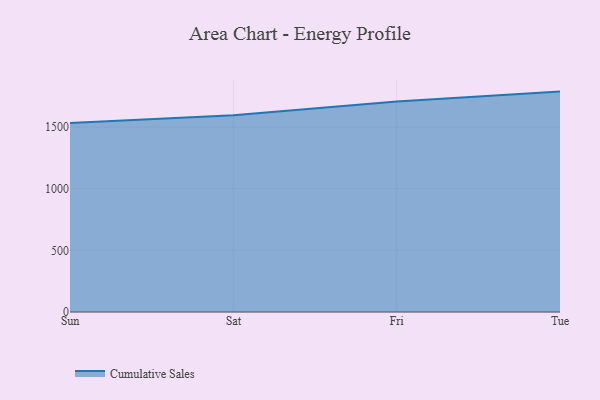
{"axis": {"x": "Day", "y": "Active Users"}, "legend": ["Cumulative Sales"], "data": [{"x": "Sun", "y": 1532.2, "type": "Cumulative Sales"}, {"x": "Sat", "y": 1595.0, "type": "Cumulative Sales"}, {"x": "Fri", "y": 1706.9, "type": "Cumulative Sales"}, {"x": "Tue", "y": 1787.5, "type": "Cumulative Sales"}]}